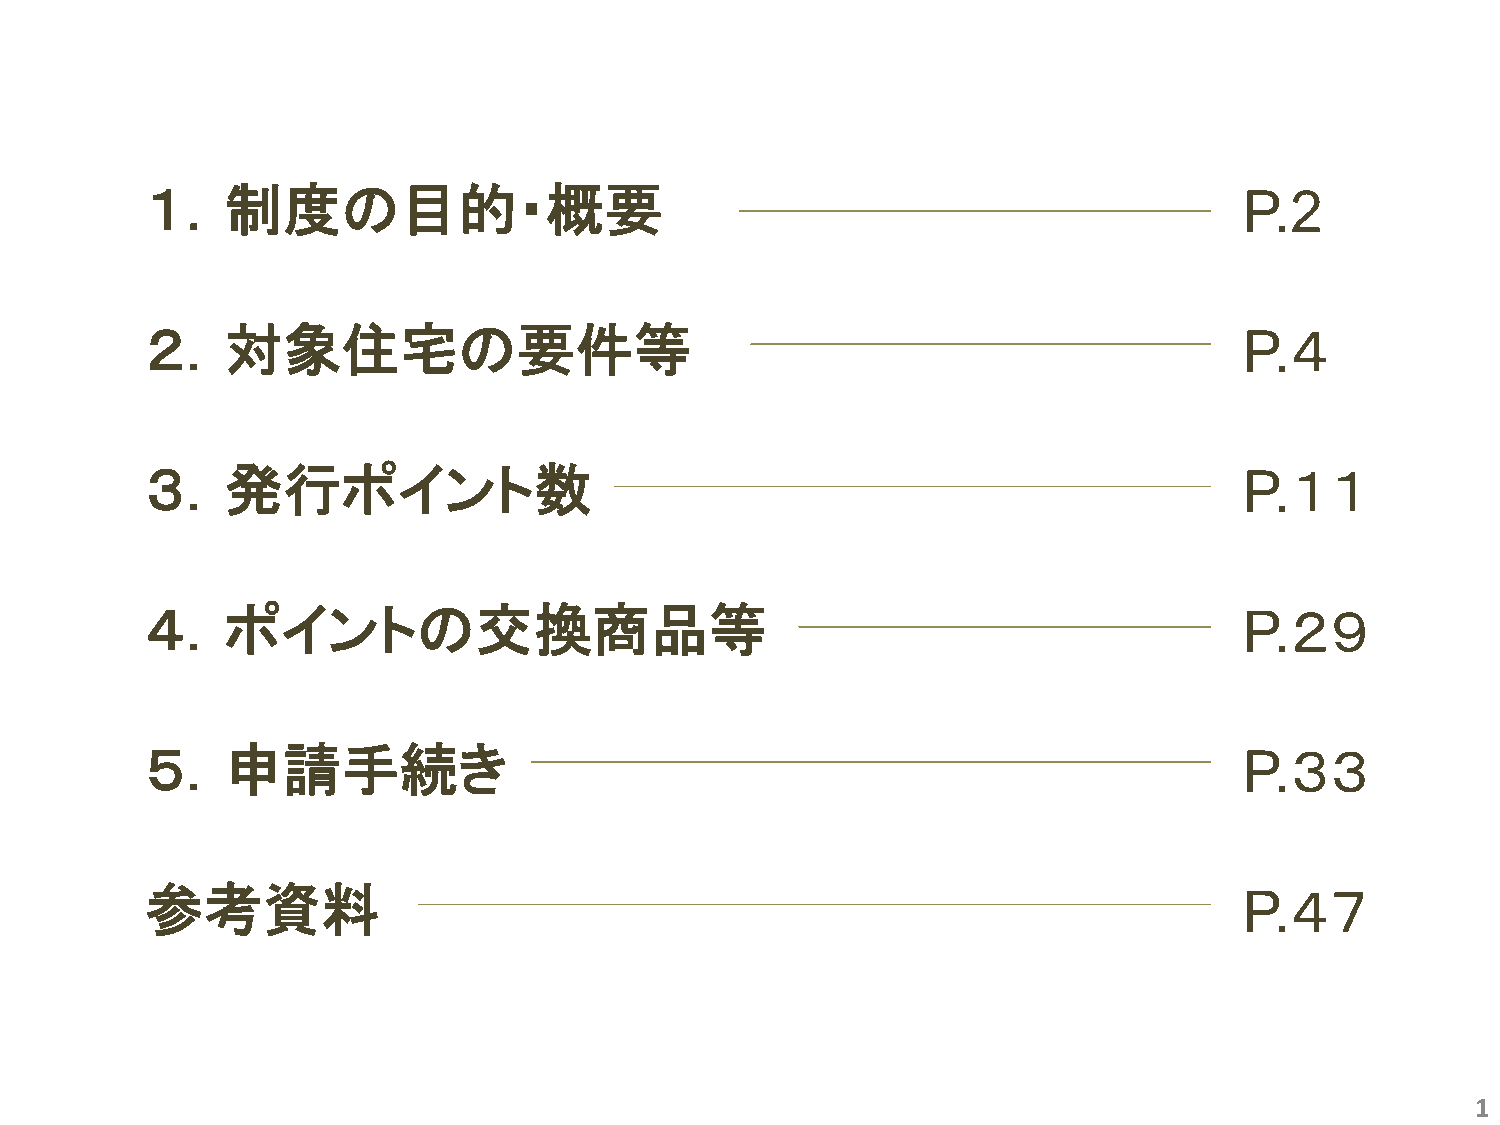
１．制度の目的・概要                                                              P.2
 ２．対象住宅の要件等                                                              P.４
 ３．発行ポイント数                                                               P.１１
 ４．ポイントの交換商品等                                                            P.２９
 ５．申請手続き                                                                 P.３３
 参考資料                                                                    P.４７
 1